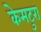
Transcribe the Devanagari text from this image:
केमटुरा